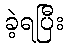
ခဲ့ရပြီး